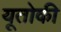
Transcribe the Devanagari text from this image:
यूतोकी